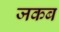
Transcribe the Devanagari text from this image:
जकब